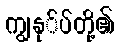
ကျွနု်ပ်တို့၏